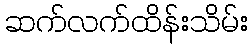
ဆက်လက်ထိန်းသိမ်း